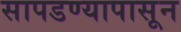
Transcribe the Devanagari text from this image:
सापडण्यापासून